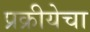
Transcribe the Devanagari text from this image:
प्रक्रीयेचा